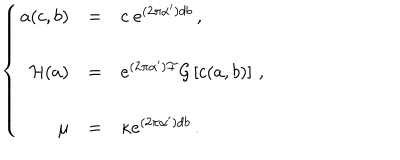
\left\{ \begin{array} { r c l } { { a ( c , b ) } } & { { = } } & { { c \ e ^ { ( 2 \pi \alpha ^ { \prime } ) d b } \, , } } \\ { { } } & { { } } & { { } } \\ { { { \cal H } ( a ) } } & { { = } } & { { e ^ { ( 2 \pi \alpha ^ { \prime } ) { \cal F } } { \cal G } \left[ c ( a , b ) \right] \, , } } \\ { { } } & { { } } & { { } } \\ { { \mu } } & { { = } } & { { \kappa e ^ { ( 2 \pi \alpha ^ { \prime } ) d b } \, . } } \\ \end{array} \right.